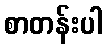
စာတန်းပါ